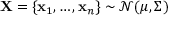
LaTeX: \mathbf { X } = \{ \mathbf { x } _ { 1 } , \dots , \mathbf { x } _ { n } \} \sim { \mathcal { N } } ( { \boldsymbol { \mu } } , { \boldsymbol { \Sigma } } )